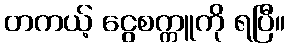
တကယ့် ငွေစက္ကူကို ရပြီ။